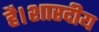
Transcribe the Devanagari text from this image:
है।शारदीय